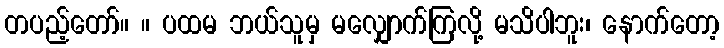
တပည့်တော်။ ။ ပထမ ဘယ်သူမှ မလျှောက်ကြလို့ မသိပါဘူး၊ နောက်တော့